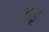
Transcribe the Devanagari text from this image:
इडू